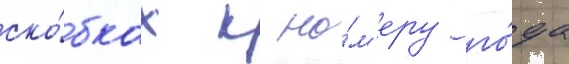
ско́бках к но́м'еру го́да